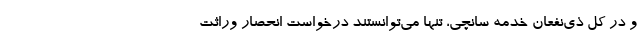
و در کل ذی‌نفعان خدمه سانچی، تنها می‌توانستند درخواست انحصار وراثت